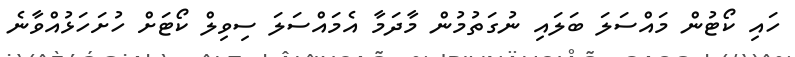
ހައި ކޯޓުން މައްސަލަ ބަލައި ނުގަތުމުން މާދަމާ އެމައްސަލަ ސިވިލް ކޯޓަށް ހުށަހަޅުއްވާނެ